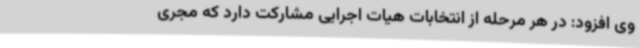
وی افزود: در هر مرحله از انتخابات هیات اجرایی مشارکت دارد که مجری